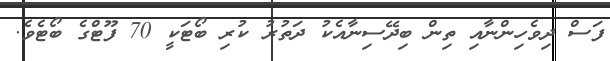
ފަސް ދިވެހިންނާއި ތިން ބިދޭސިނާއެކު ދަތުރު ކުރި ބޯޓަކީ 70 ފޫޓްގެ ބޯޓެވެ.